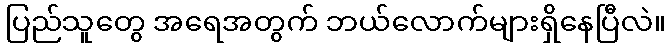
ပြည်သူတွေ အရေအတွက် ဘယ်လောက်များရှိနေပြီလဲ။